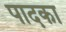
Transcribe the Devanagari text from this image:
पादका